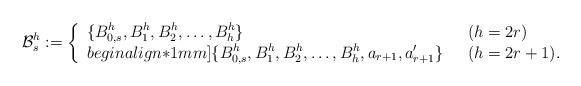
LaTeX: \begin{align*}&\mathcal{B}_s^h:= \left\{ \begin{array}{ll} \displaystyle \{B_{0,s}^h,B_1^h,B_2^h,\ldots,B_h^h\} & \ \ (h=2r) \\begin{align*}1mm] \displaystyle \{B_{0,s}^h,B_1^h,B_2^h,\ldots,B_h^h,a_{r+1},a_{r+1}^\prime\} & \ \ (h=2r+1). \end{array} \right.\end{align*}